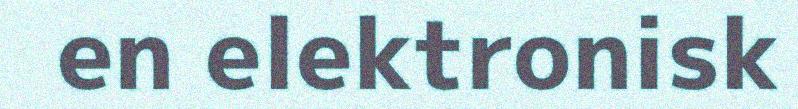
en elektronisk